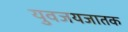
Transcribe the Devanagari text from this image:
युवजयजातक